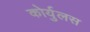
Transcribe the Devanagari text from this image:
कोर्युलस